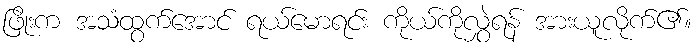
ဖြိုးက အသံထွက်အောင် ရယ်မောရင်း ကိုယ်ကိုလွှဲရန် အားယူလိုက်၏။